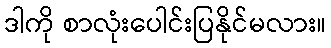
ဒါကို စာလုံးပေါင်းပြနိုင်မလား။